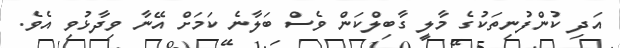
އަދި ކުންފުނިތަކުގެ މާލީ ގާބިލްކަން ވެސް ބަލާނެ ކަމަށް އޭނާ ވިދާޅުވި އެވެ.